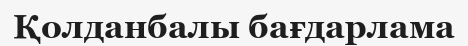
Қолданбалы бағдарлама